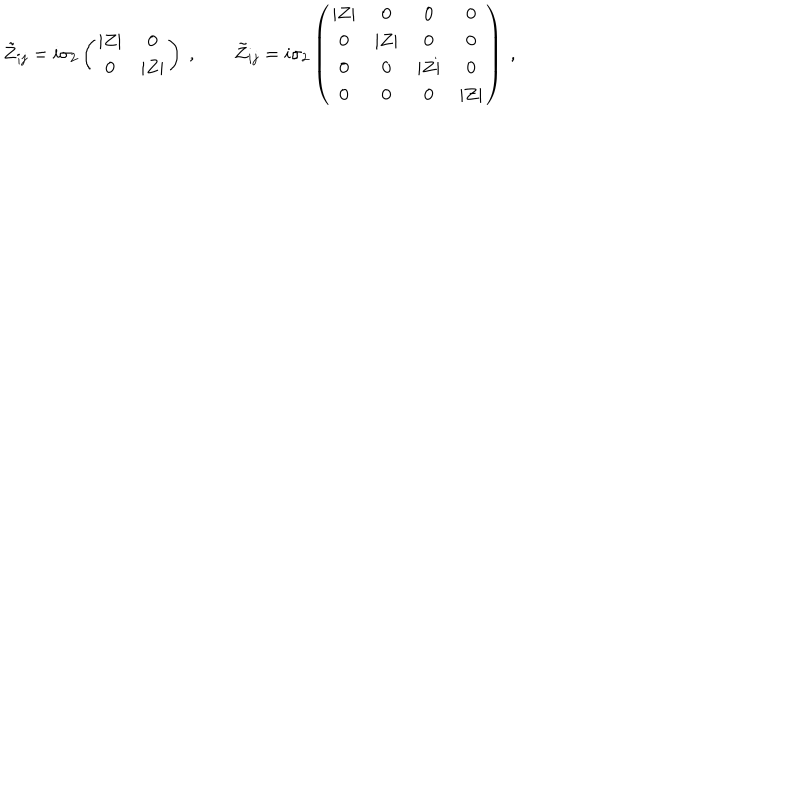
LaTeX: \tilde { Z } _ { i j } = i \sigma _ { 2 } \left( \begin{matrix} { { | Z | } } & { { 0 } } \\ { { 0 } } & { { | Z | } } \\ \end{matrix} \right) \ , \qquad \tilde { Z } _ { i j } = i \sigma _ { 2 } \left( \begin{matrix} { { | Z | } } & { { 0 } } & { { 0 } } & { { 0 } } \\ { { 0 } } & { { | Z | } } & { { 0 } } & { { 0 } } \\ { { 0 } } & { { 0 } } & { { | Z | } } & { { 0 } } \\ { { 0 } } & { { 0 } } & { { 0 } } & { { | Z | } } \\ \end{matrix} \right) \ ,